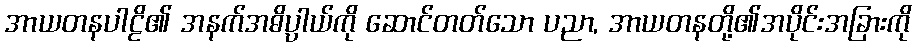
အာယတနပါဠိ၏ အနက်အဓိပ္ပါယ်ကို ဆောင်တတ်သော ပညာ, အာယတနတို့၏အပိုင်းအခြားကို